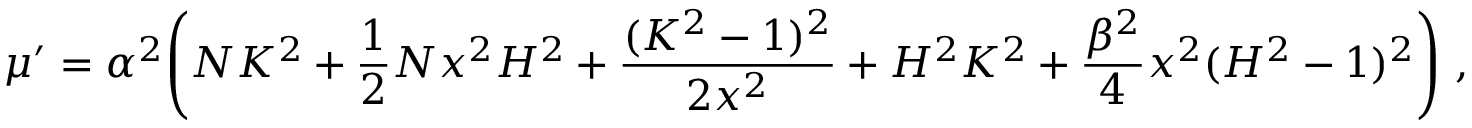
\mu ^ { \prime } = \alpha ^ { 2 } \Biggl ( N K ^ { 2 } + \frac { 1 } { 2 } N x ^ { 2 } H ^ { 2 } + \frac { ( K ^ { 2 } - 1 ) ^ { 2 } } { 2 x ^ { 2 } } + H ^ { 2 } K ^ { 2 } + \frac { \beta ^ { 2 } } { 4 } x ^ { 2 } ( H ^ { 2 } - 1 ) ^ { 2 } \Biggr ) \ ,